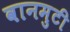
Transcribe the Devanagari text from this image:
वानमुटी